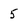
Character: 5